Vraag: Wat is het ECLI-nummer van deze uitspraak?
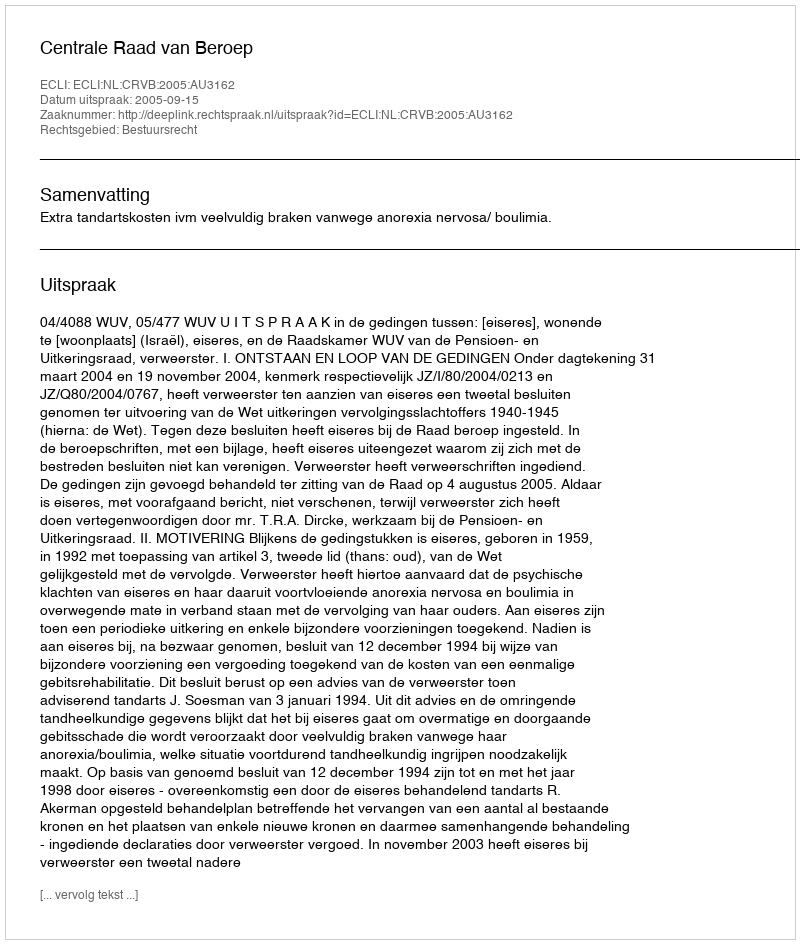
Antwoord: ECLI:NL:CRVB:2005:AU3162